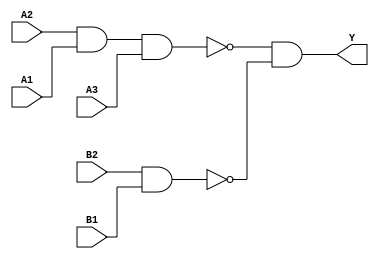
module sky130_fd_sc_hd__a32oi (
    Y ,
    A1,
    A2,
    A3,
    B1,
    B2
);

    // Module ports
    output Y ;
    input  A1;
    input  A2;
    input  A3;
    input  B1;
    input  B2;

    // Local signals
    wire nand0_out ;
    wire nand1_out ;
    wire and0_out_Y;

    //   Name   Output      Other arguments
    nand nand0 (nand0_out , A2, A1, A3          );
    nand nand1 (nand1_out , B2, B1              );
    and  and0  (and0_out_Y, nand0_out, nand1_out);
    buf  buf0  (Y         , and0_out_Y          );

endmodule